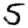
Digit: 5